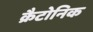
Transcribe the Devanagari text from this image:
क्रैटोनिक